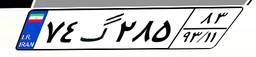
۸۱گ۳۰۷۷۳